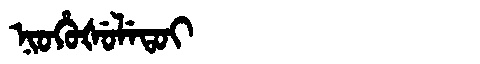
Manchu: ᠨᡳᠣᡥᡠᡧᡠᠯᡝᡨᠣᡳ
Romanization: NIOHUŠULETOI